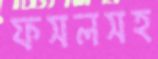
ফসলসহ